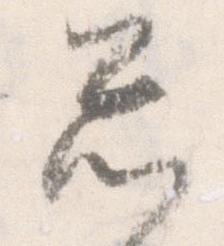
忩